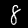
Digit: 8